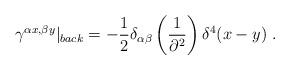
LaTeX: \begin{align*}\gamma^{\alpha x,\beta y}\vert_{back}=-\frac{1}{2}\delta_{\alpha\beta}\left(\frac{1}{\partial^{2}}\right)\delta^{4}(x-y)\ .\end{align*}